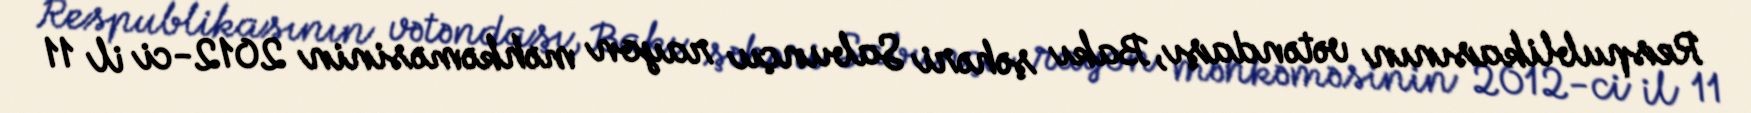
Respublikasının vətəndaşı, Bakı şəhəri Sabunçu rayon məhkəməsinin 2012-ci il 11